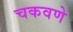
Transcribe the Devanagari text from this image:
चकवणे